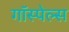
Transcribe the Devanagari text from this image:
गॉस्पेल्स